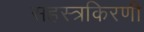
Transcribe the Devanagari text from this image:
सहस्त्रकिरणी